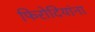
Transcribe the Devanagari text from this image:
फिरोदियांना